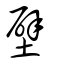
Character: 壁